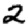
Digit: 2